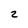
Character: 2